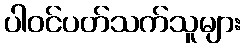
ပါဝင်ပတ်သက်သူများ